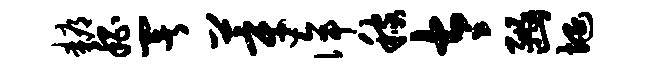
耨嵇署莘侔稼太豳埏